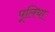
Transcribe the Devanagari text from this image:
पूलिया